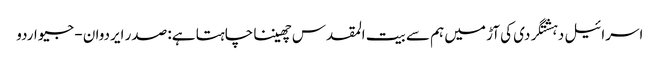
اسرائیل دہشتگردی کی آڑ میں ہم سے بیت المقدس چھیننا چاہتا ہے: صدر ایردوان - جیو اردو